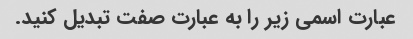
عبارت اسمی زیر را به عبارت صفت تبدیل کنید.